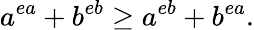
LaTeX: a^{ea}+b^{eb}\geq a^{eb}+b^{ea}.